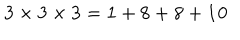
LaTeX: { \bf 3 } \times { \bf 3 } \times { \bf 3 } = { \bf 1 } + { \bf 8 } + { \bf 8 } + { \bf 1 0 }